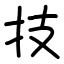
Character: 技